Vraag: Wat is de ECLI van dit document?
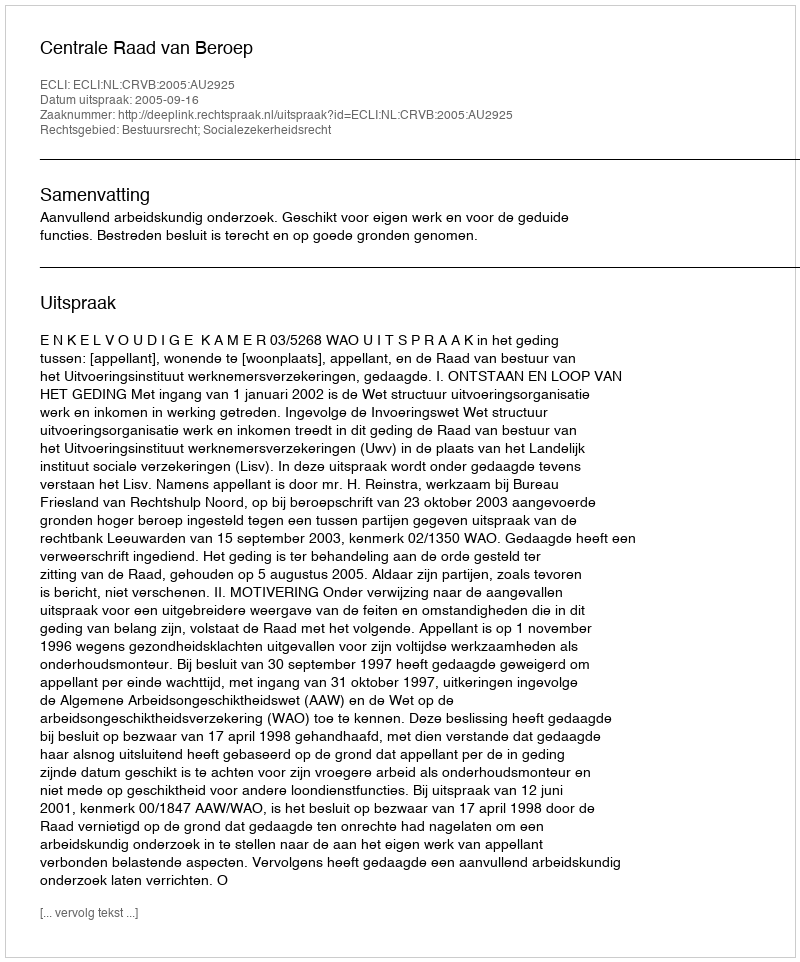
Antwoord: ECLI:NL:CRVB:2005:AU2925